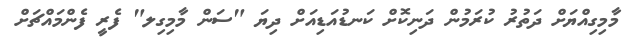
މާމިގިއްޔަށް ދަތުރު ކުރަމުން ދަނިކޮށް ކަނޑުއަޑިއަަށް ދިޔަ "ސަން މާމިގިލ" ފެރީ ފެންމައްޗަށް